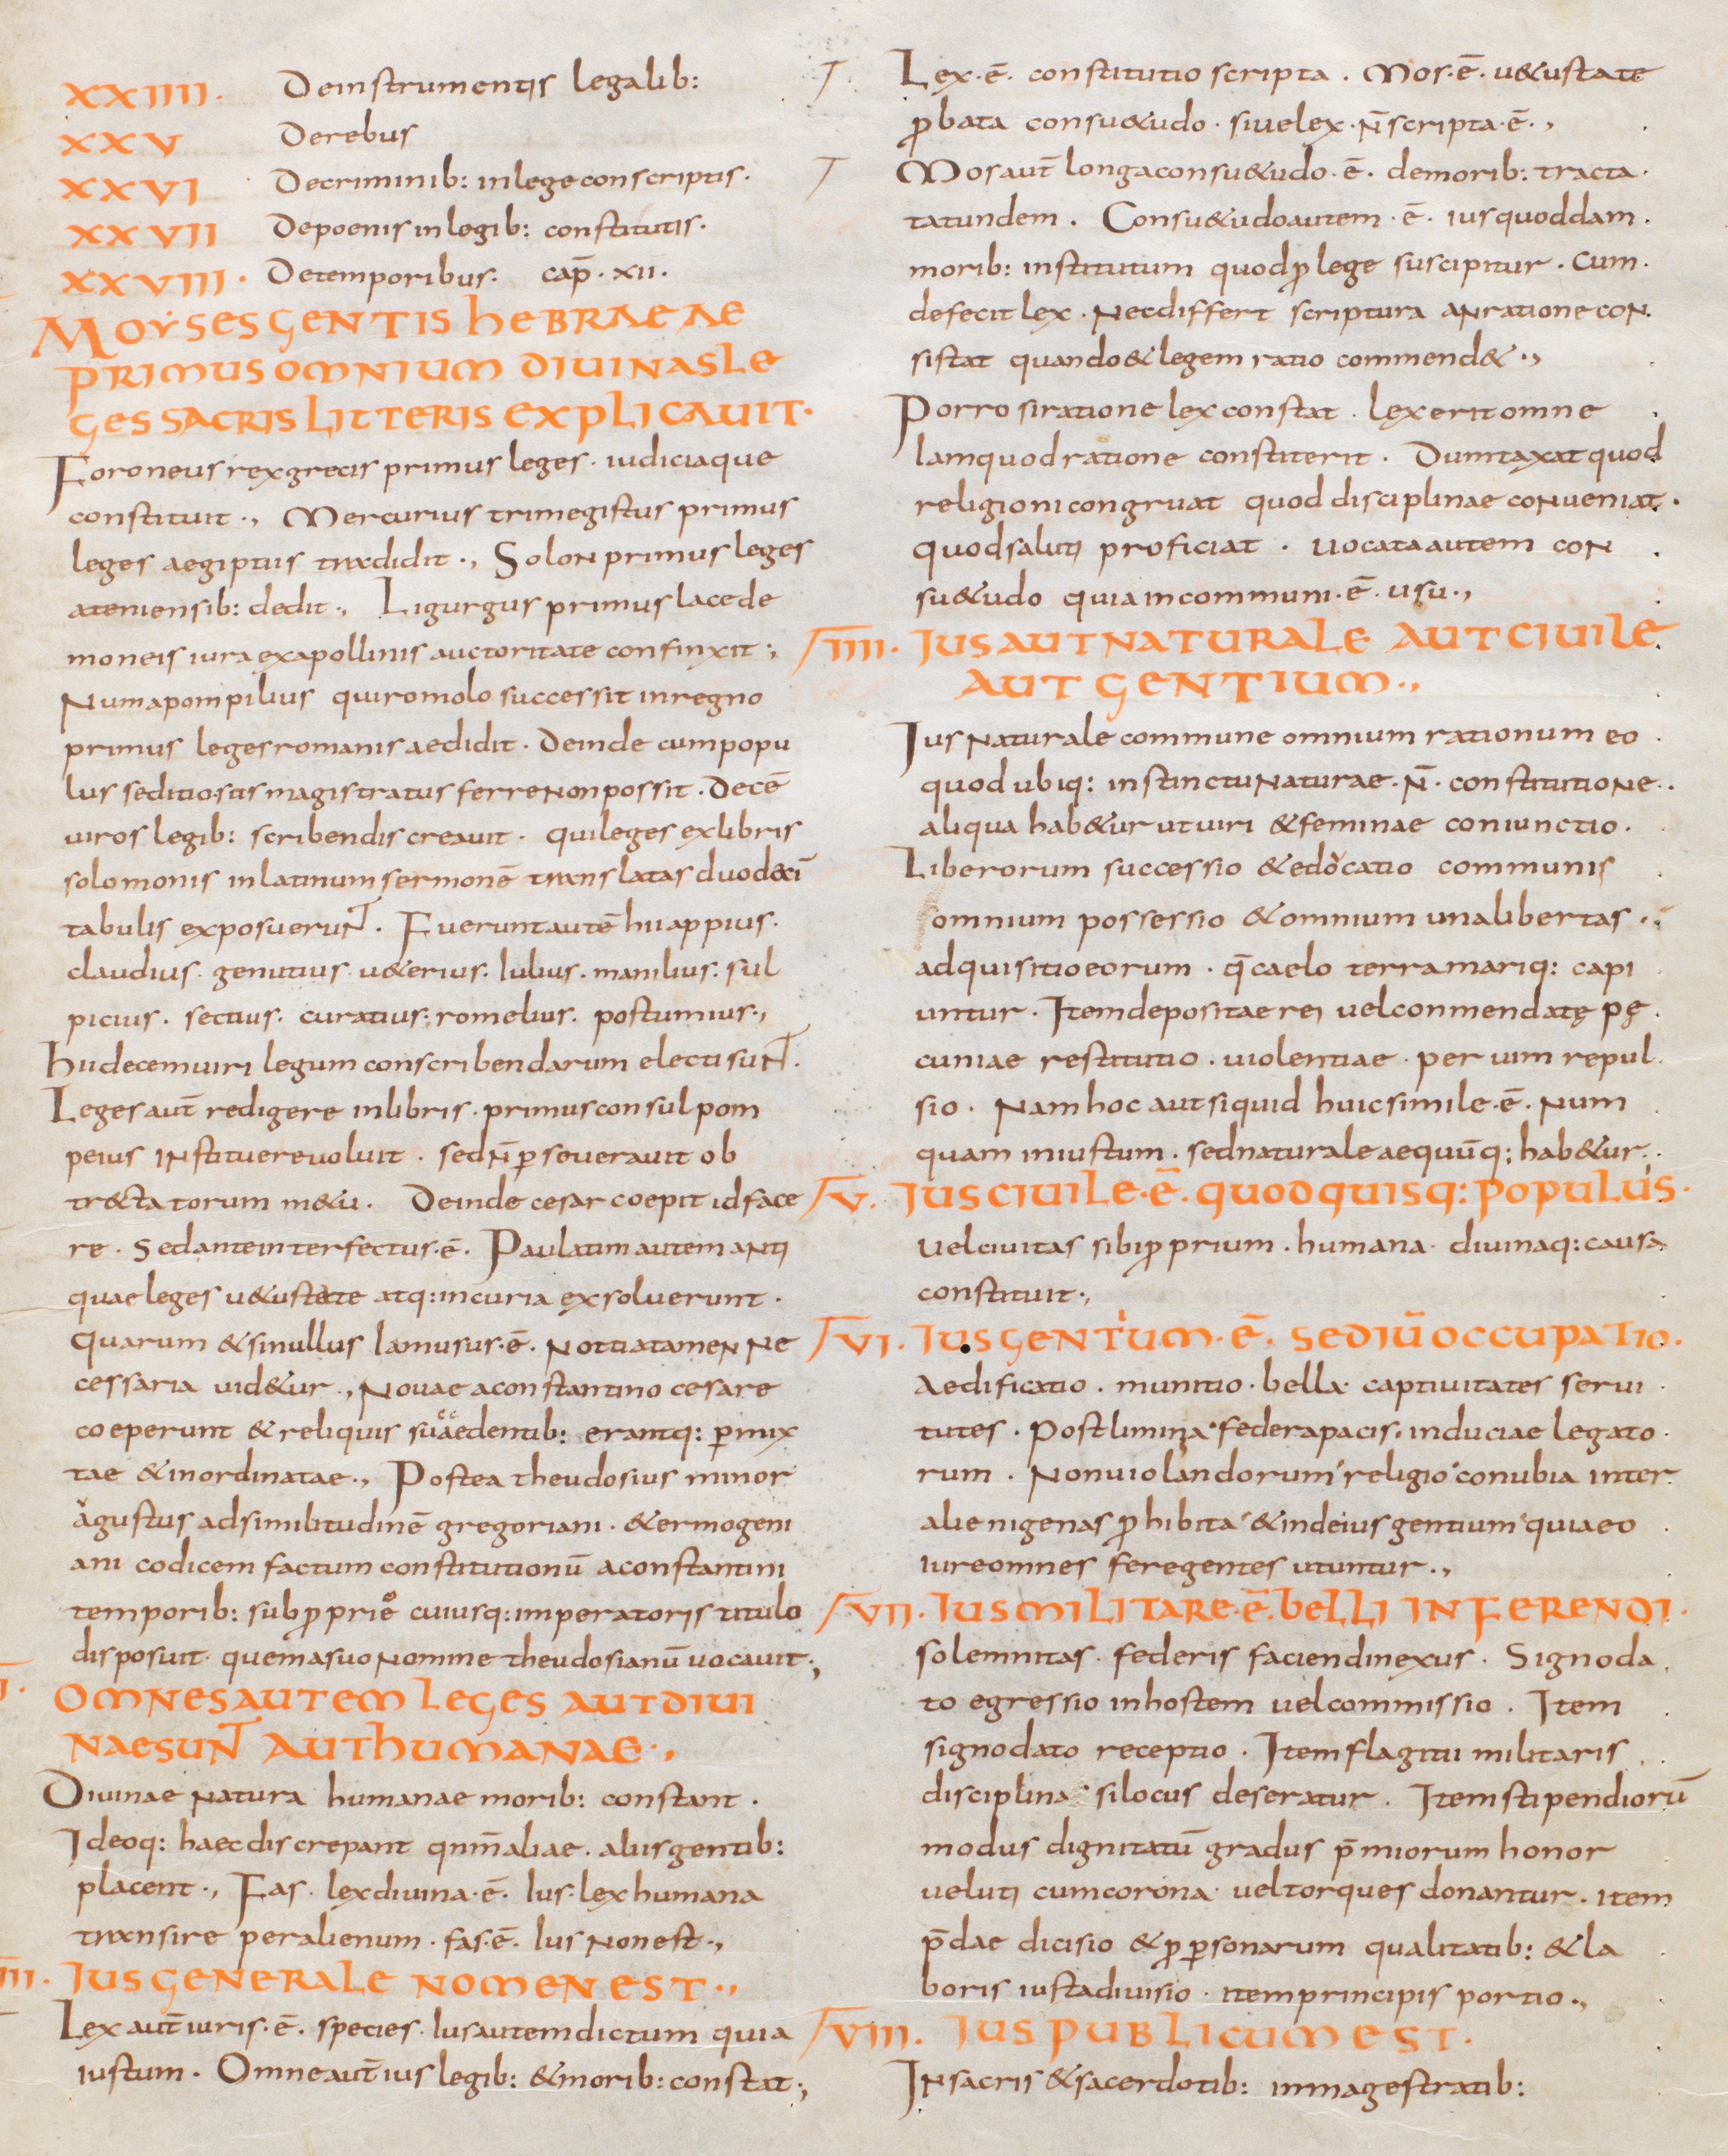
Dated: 800–829